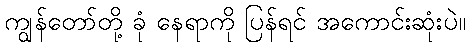
ကျွန်တော်တို့ ခုံ နေရာကို ပြန်ရင် အကောင်းဆုံးပဲ။